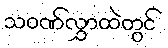
သဝဏ်လွှာထဲတွင်